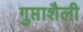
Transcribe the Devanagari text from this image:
गुप्ताशैली